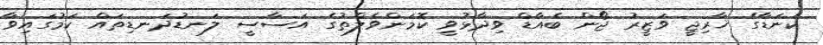
ކެނަޑާގެ ޚާރިޖީ ވަޒީރު ޖޯން ބެއާޑް ވިދާޅުވީ ކޮމަންވެލްތުގެ އަސާސީ ލަނޑުދަނޑިތައް ކަމުގައިވާ